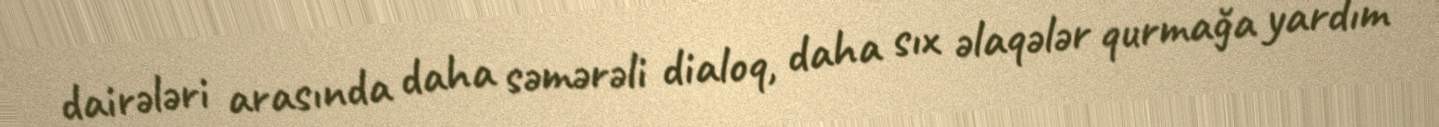
dairələri arasında daha səmərəli dialoq, daha sıx əlaqələr qurmağa yardım